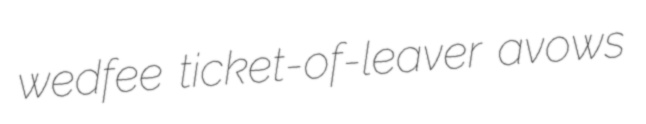
wedfee ticket-of-leaver avows